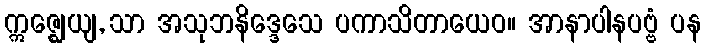
ဣဇ္ဈေယျ, သာ အသုဘနိဒ္ဒေသေ ပကာသိတာယေဝ။ အာနာပါနပဗ္ဗံ ပန